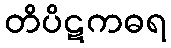
တိပိဋကဓရ